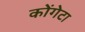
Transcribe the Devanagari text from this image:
कोंगेटा